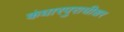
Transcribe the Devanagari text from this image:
कंधारपुराधीश्वर